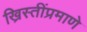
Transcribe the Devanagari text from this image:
ख्रिस्तींप्रमाणे